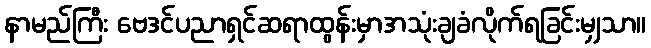
နာမည်ကြီး ဗေဒင်ပညာရှင်ဆရာထွန်းမှာအသုံးချခံလိုက်ရခြင်းမျှသာ။